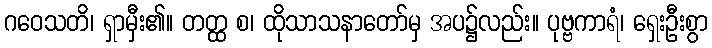
ဂဝေသတိ၊ ရှာမှီး၏။ တတ္ထ စ၊ ထိုသာသနာတော်မှ အပ၌လည်း။ ပုဗ္ဗကာရံ၊ ရှေးဦးစွာ